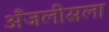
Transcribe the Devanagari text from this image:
अँजलीसला